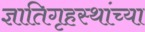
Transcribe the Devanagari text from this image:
ज्ञातिगृहस्थांच्या